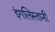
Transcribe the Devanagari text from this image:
इंगलिस्तानी